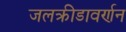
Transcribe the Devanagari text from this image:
जलक्रीडावर्णन